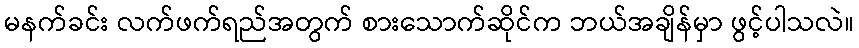
မနက်ခင်း လက်ဖက်ရည်အတွက် စားသောက်ဆိုင်က ဘယ်အချိန်မှာ ဖွင့်ပါသလဲ။